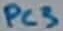
Text: PC3